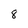
Character: 8